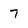
Character: 7